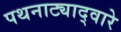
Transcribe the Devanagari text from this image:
पथनाट्याद्वारे